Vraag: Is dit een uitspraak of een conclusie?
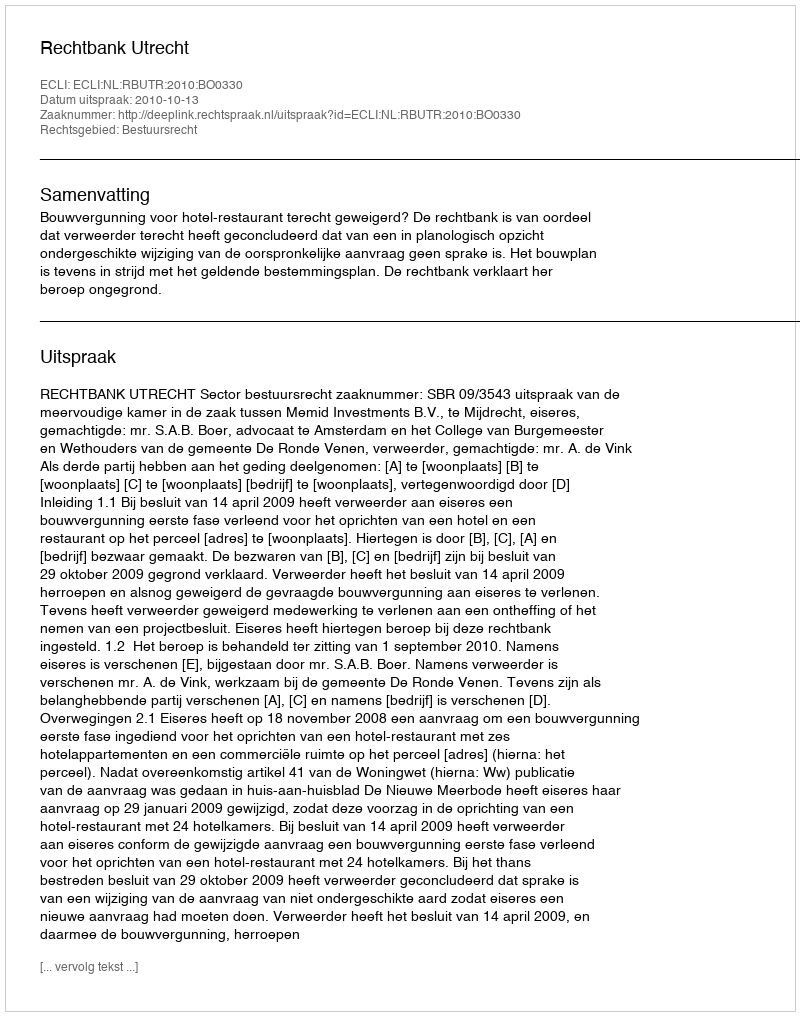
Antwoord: Uitspraak